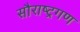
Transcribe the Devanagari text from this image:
सौराष्ट्रगण